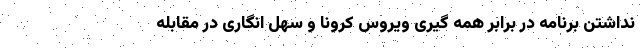
نداشتن برنامه در برابر همه گیری ویروس کرونا و سهل انگاری در مقابله